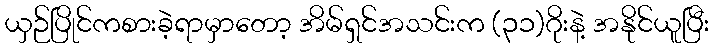
ယှဉ်ပြိုင်ကစားခဲ့ရာမှာတော့ အိမ်ရှင်အသင်းက (၃၁)ဂိုးနဲ့ အနိုင်ယူပြီး